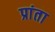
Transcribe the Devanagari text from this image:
प्रांता